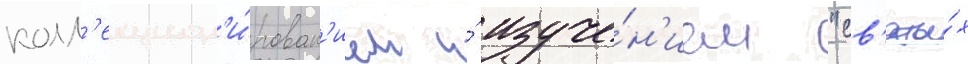
колл'екцион'и́рован'ием и́ изуче́н'ием "св'яты́х